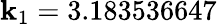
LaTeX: \mathbf{k}_{1}=3.183536647